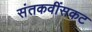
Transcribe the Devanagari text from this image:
संतकवींसकट